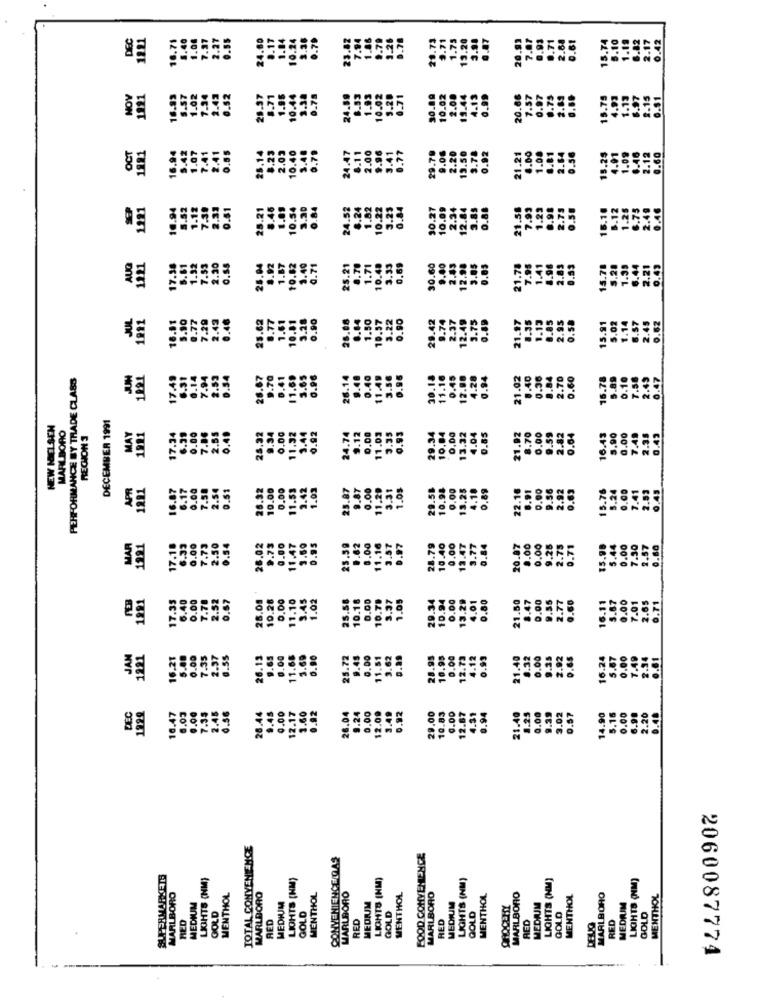
DEC
1.08
24.60
23.82
7.94
1.20
1.98
1.07
1221
0.55
MOV
1821
1.93
28.97
1.71
24.89
5.2
30.
OCT
2.03
1881
28.1
24.47
16.
29.
1291
10.94
28.21
5.46
24.52
6.24
1.82
10.22
1.1
3.2
12.
1.92
7.53
2.20
30.60
AUD
1221
17.38
5.81
25.04
8.92
1.87
25.21
10.1
10.4
JUL
1911
5.90
7.29
2.42
0.46
25.62
8.77
1.61
.90
28.08
0.64
1.50
10.57
3.22
0.90
28.42
2.37
12.49
16.81
0.77
9.7
PERFORMANCE BY THADE CLASS
JUH
1991
17.49
6.31
0.14
7.94
2.53
.34
26.67
9.70
26.14
9.40
0.40
11.49
0.4
30.1
12.
11.
21.
DECEMBER 1991
NEW NIELSEN
MARLBORO
25.32
0.00
0.00
11.03
0.00
.85
RECHON 3
MAY
1991
17.34
6.31
0.00
2.55
0.40
9.34
24.74
13.32
4.04
2.35
0.43
29.2
10.
21.
16.
APR
1221
16.87
6.17
0.00
7.58
2.54
26.92
10.00
11.53
.42
1.03
25.87
9.87
0.00
11.20
3.31
1.05
29.58
10.98
0.00
13.25
4.10
0.89
22.16
0.00
0.63
0,45
1.51
0.00
8.91
15.7
2.82
0.00
11.47
0.62
MAR
1921
17.18
7.75
2.50
0.54
26.02
9.73
.50
25.59
0.00
11.16
3.57
28.79
10.40
0.00
13.47
3.77
20.87
0.00
15.98
5.44
0.00
7.30
2.57
0.80
6.3
0.0
1991
17.35
6.40
0.00
7.78
2.52
0.57
28.08
10.28
0.00
11.10
3.45
1.02
25.58
10.16
0.00
10.7.
3.37
1.05
29.34
10.94
13.29
0.80
21.50
0.00
4.01
0.00
7.01
2.65
0.71
JAM
1221
16.21
5.88
0.00
7.35
2.37
0.55
26.13
9.65
0.00
11.68
5.69
0.90
25.72
9.49
0.00
11.51
3.62
0.99
28.95
10.95
0.00
12.73
4.12
0.99
16.24
21.
26.44
0.00
9.24
0.00
12.09
3.49
0.92
29.00
10.83
0.00
12.67
.00
.39
DEC
122º
10.47
6.03
0.00
7.35
2.45
0.56
0.45
12.17
3.60
0.82
26.04
4.31
0.94
21.40
3.02
4.90
TOTAL CONVENIENCE
CONVENIENCE GAS
FOOD CONVENIENCE
SUPERMARKETS
LIGHTS (NM)
LIGHTS (NM)
LIGHTS (NM)
LIGHTS (NM)
LIGHTS (NM)
LIGHTS (NM)
MARLBORO
MARLBORO
MEDIUM
MENTHOL
MARLBORO
MENTHOL
MEDNIM
MENTHOL
MARLBORO
MENTHOL
MARLBORO
MENTHOL
MARLBORO
MENTHOL
MEDIUM
MEDIUM
MEDIUM
MEDRIM
GOLD
RED
GOLD
RED
GOLD
RED
GOLD
RED
QOLD
RED
GOLD
RED
DELIG
2060087774